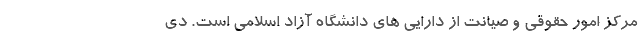
مرکز امور حقوقی و صیانت از دارایی های دانشگاه آزاد اسلامی است. دی